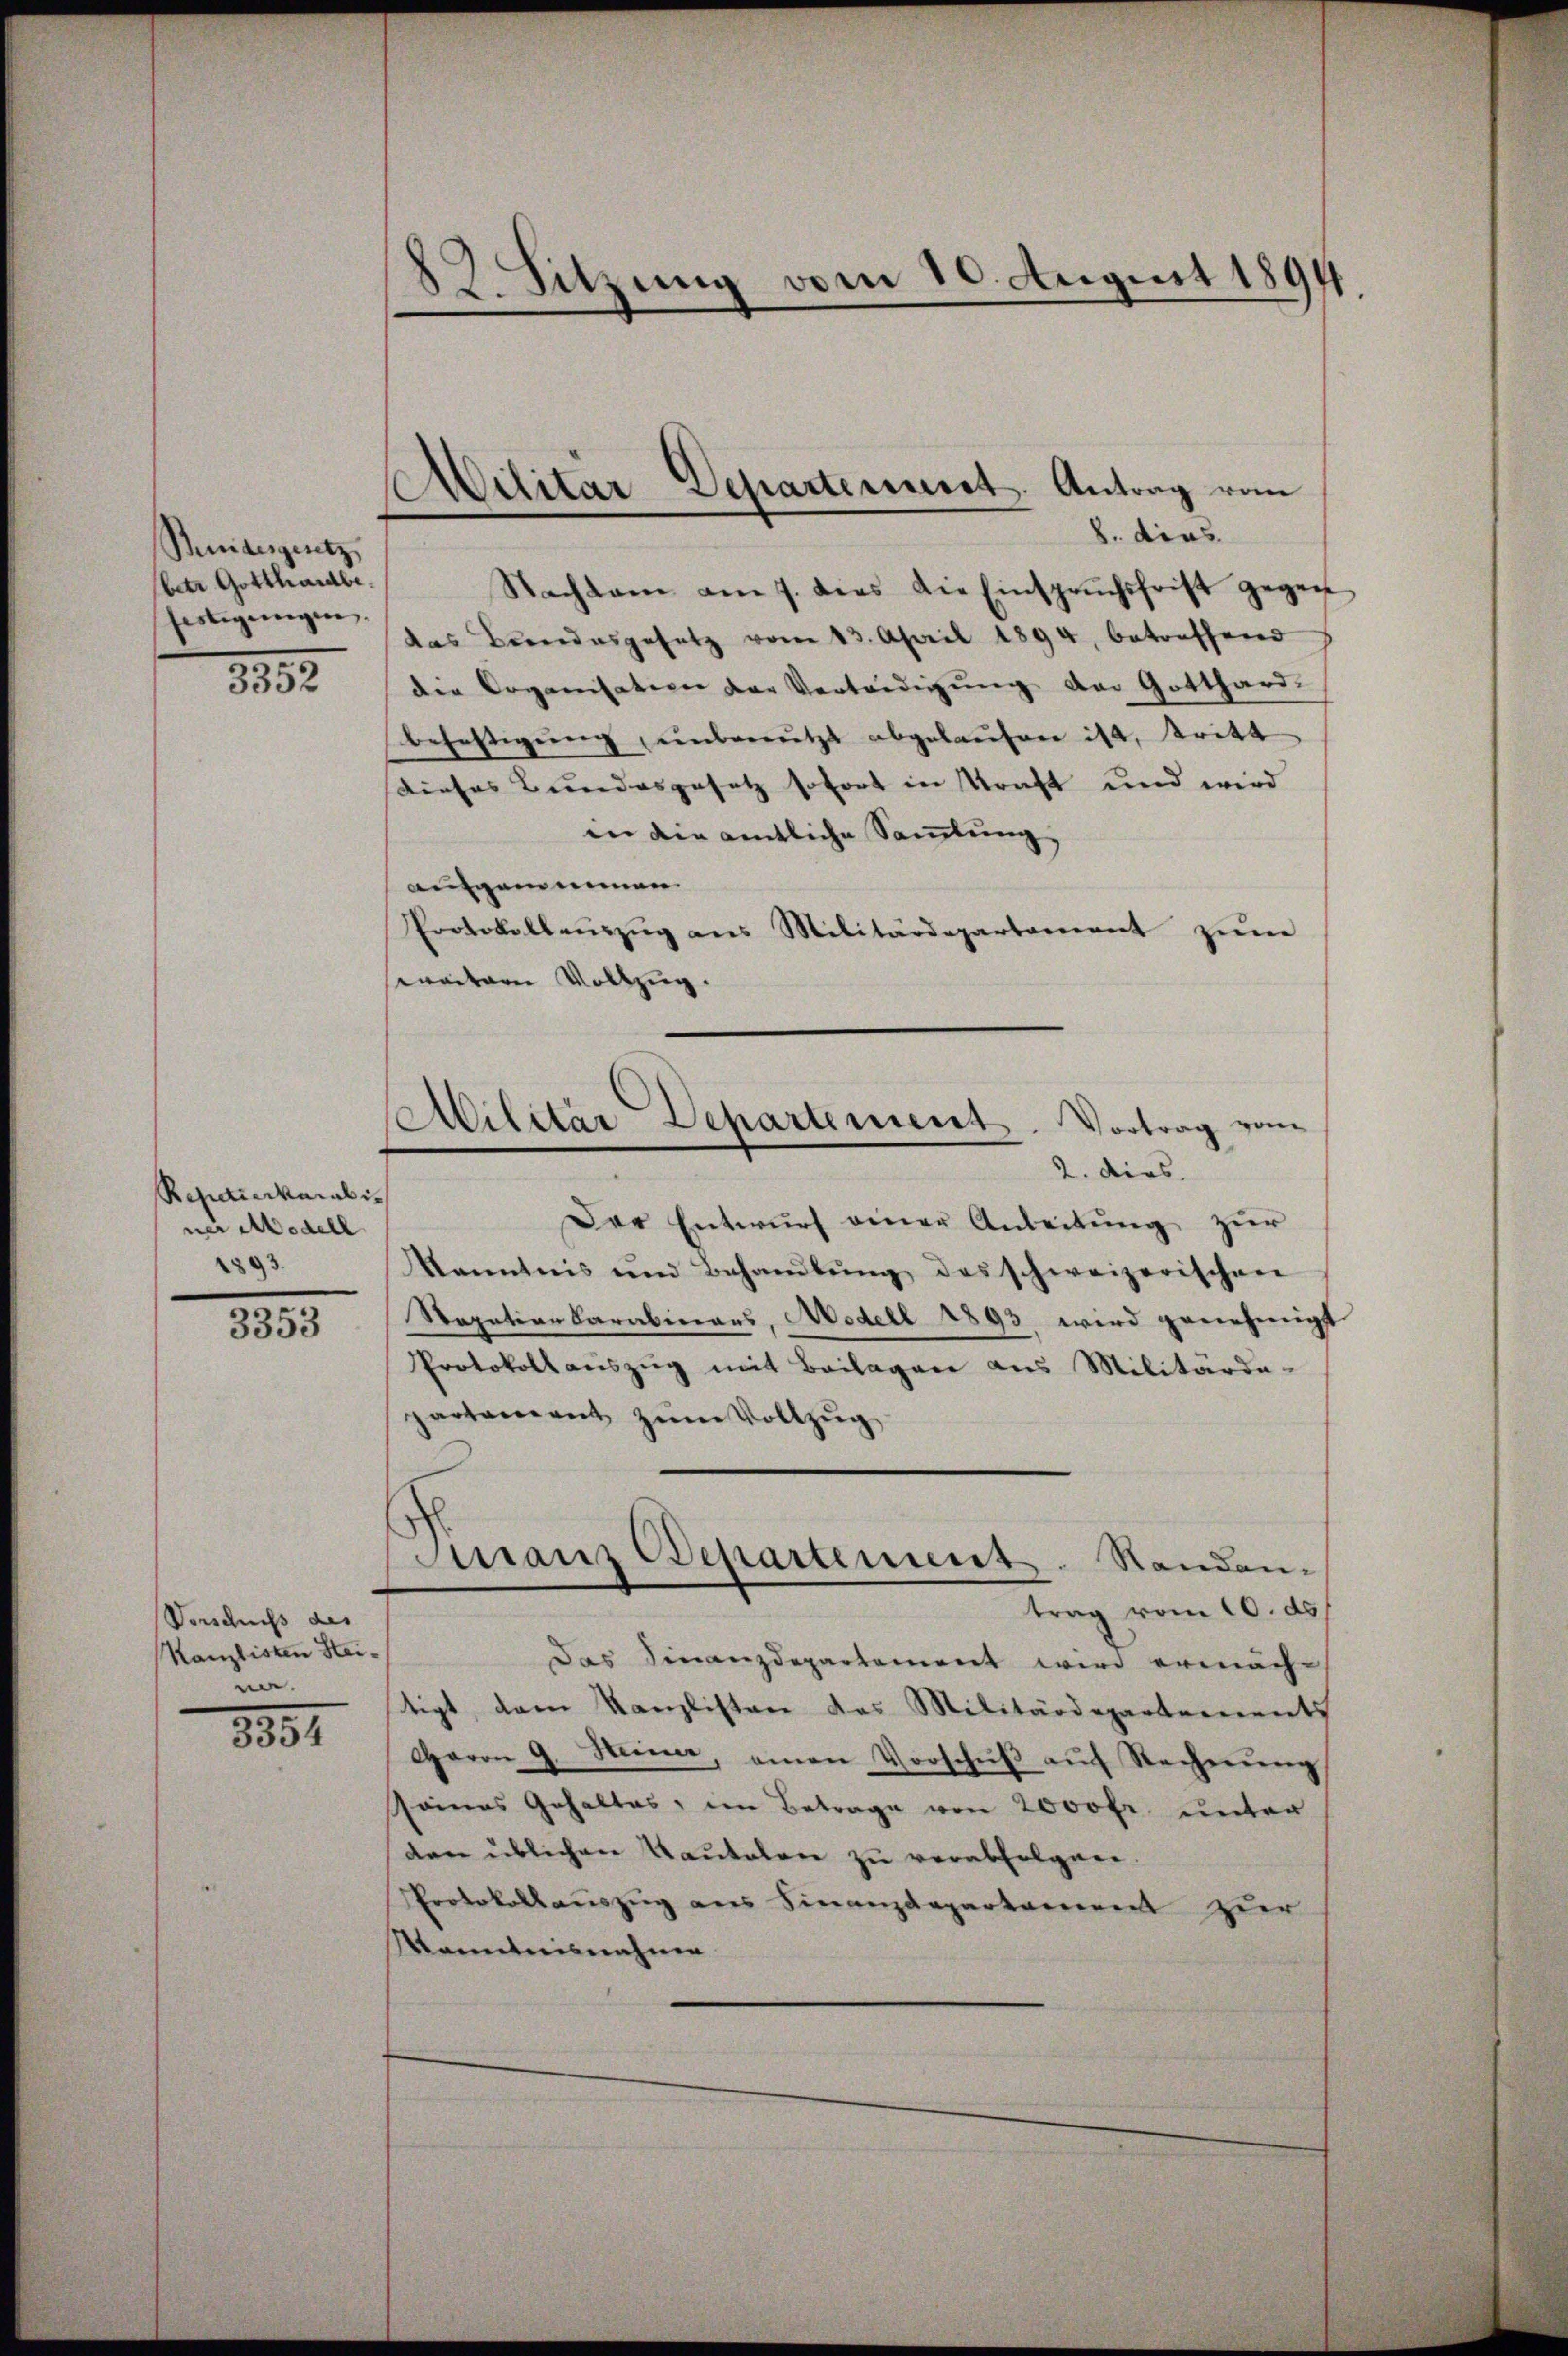
Bundesgesetz
(betr. Gotthardbe.
festigungen.

8852

Repetienkarabiner Modell
1893.

3353

Verschniß des
Kanzlisten Steiun.

8891.

82. Sitzung vom 10. August 1894.

Nachsam am 7. dies die Einsprŭchsfrist gegen
das Bundesgesetz vom 13. April 1894, betreffend
die Organisation der Vertredigung der Gotthard-
befestigŭng unbereutzt abgelaufen ist, tritt
Dieses Bundesgesetz sofort in Kraft und wird
an die amtliche Samlung.
aufgenommen.
Protokollenzŭg ans Militärdepartement zŭm
waitare Vollzug.

Militar Departement. Antrag vom
8. dies

Der Entwurf einer Anleitung zur
Kanntnis und Behandlŭng des schweizerischen
Sapationkarabinars, Modell 1893 wird genehmigt
Protokoll aŭszŭg mit Beilagen aus Militärde-
partement zum Vollzug
das Finanzdepartement wird ermäch-
stigt, dem Kanzlisten das Militärdepartements
Haron 9. Seine, einen Vorschŭβ aŭf Rechnŭng
seines Gehaltes, im Betrage von 2000 fr. unter
den üblichen Kautalen zu verabfolgen.
Protokollauszug aus Finanzdepartement zur
Menntnisnahme

Militär Departement
Vortrag von
2. ders.

Franz Departement. Standen
trag vom 10. ds